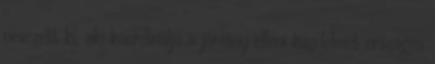
nevezett ki, aki koordinálja a járvány elleni küzdelmet országos